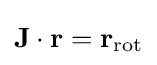
\mathbf {J} \cdot \mathbf {r} =\mathbf {r} _{\mathrm {rot} }